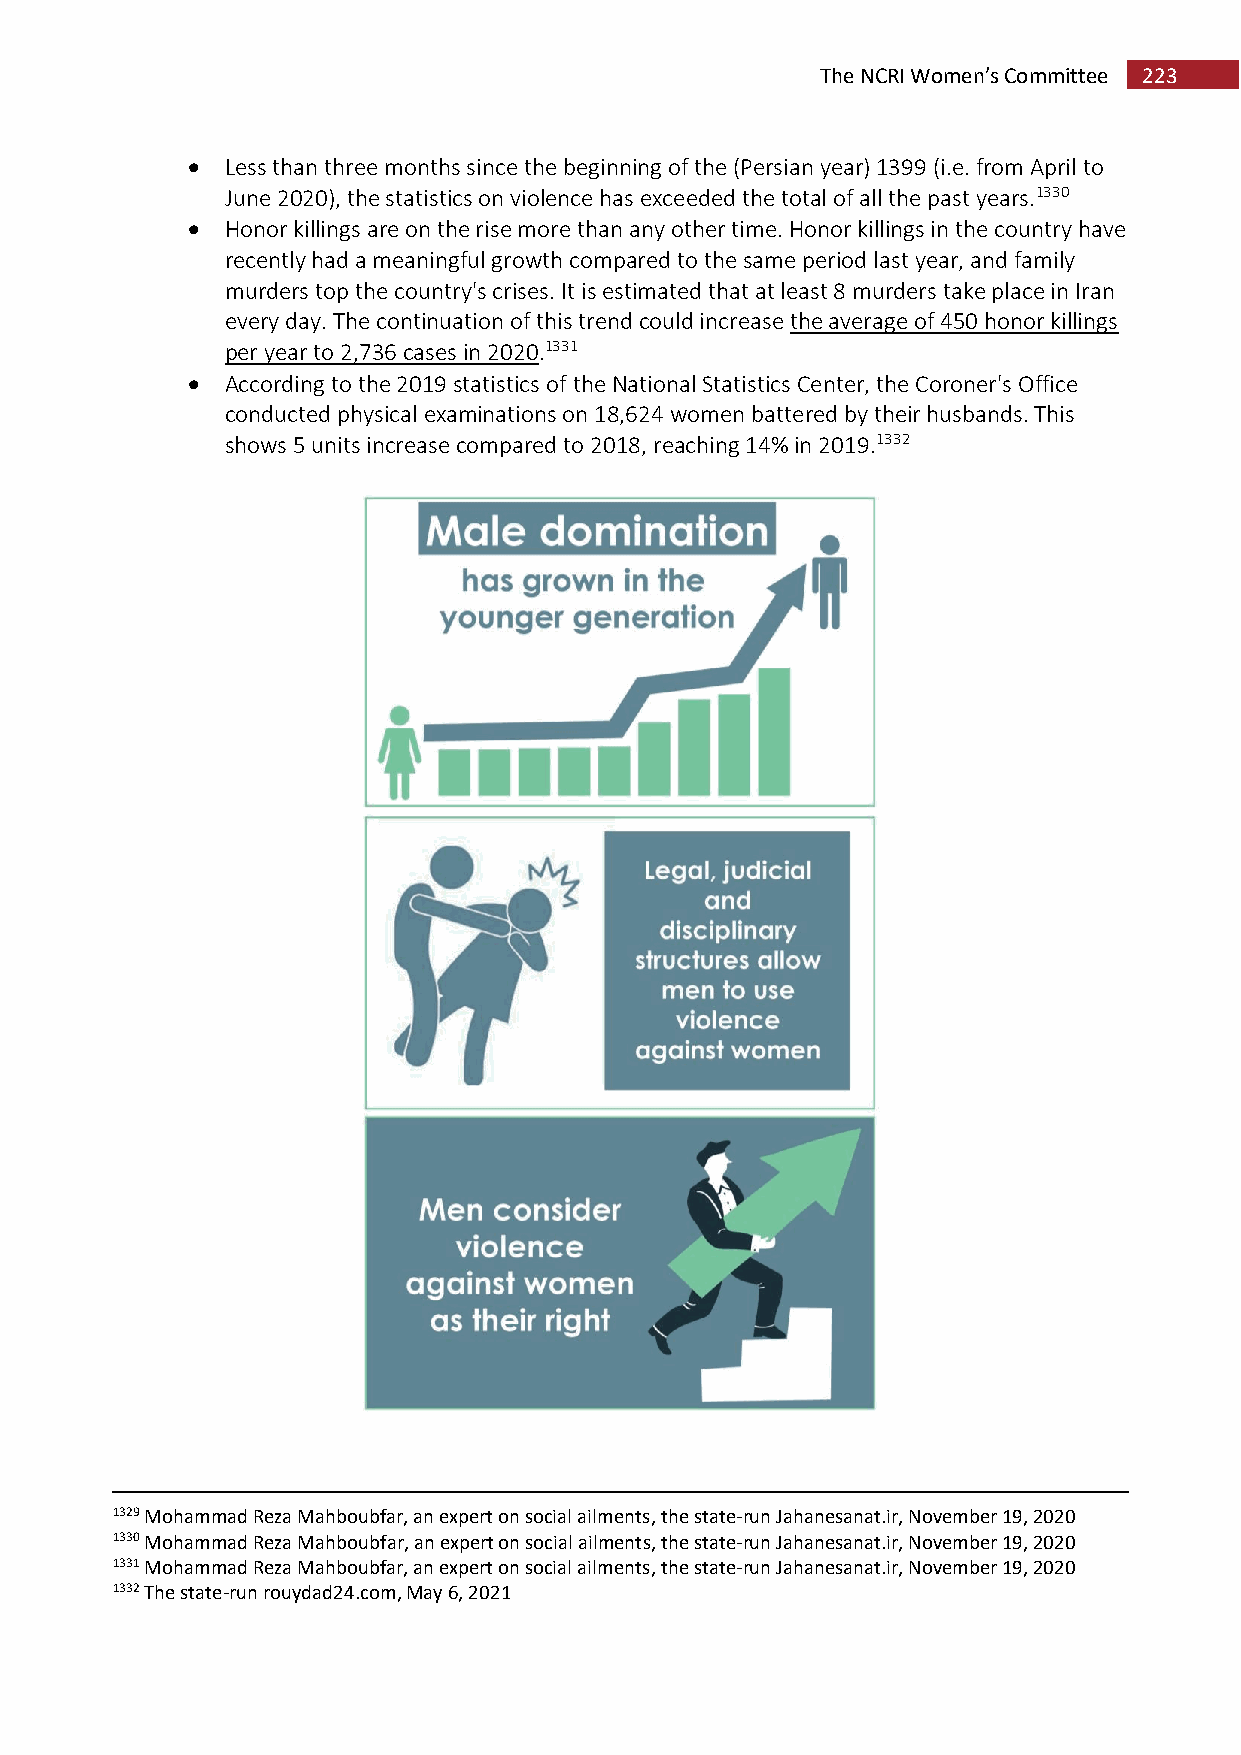
The NCRI Women’s Committee 223
   Less than three months since the beginning of the (Persian year) 1399 (i.e. from April to
 June 2020), the statistics on violence has exceeded the total of all the past years.1330
   Honor killings are on the rise more than any other time. Honor killings in the country have
 recently had a meaningful growth compared to the same period last year, and family
 murders top the country's crises. It is estimated that at least 8 murders take place in Iran
 every day. The continuation of this trend could increase the average of 450 honor killings
 per year to 2,736 cases in 2020.1331
   According to the 2019 statistics of the National Statistics Center, the Coroner's Office
 conducted physical examinations on 18,624 women battered by their husbands. This
 shows 5 units increase compared to 2018, reaching 14% in 2019.1332
 1329 Mohammad Reza Mahboubfar, an expert on social ailments, the state-run Jahanesanat.ir, November 19, 2020
 1330 Mohammad Reza Mahboubfar, an expert on social ailments, the state-run Jahanesanat.ir, November 19, 2020
 1331 Mohammad Reza Mahboubfar, an expert on social ailments, the state-run Jahanesanat.ir, November 19, 2020
 1332 The state-run rouydad24.com, May 6, 2021